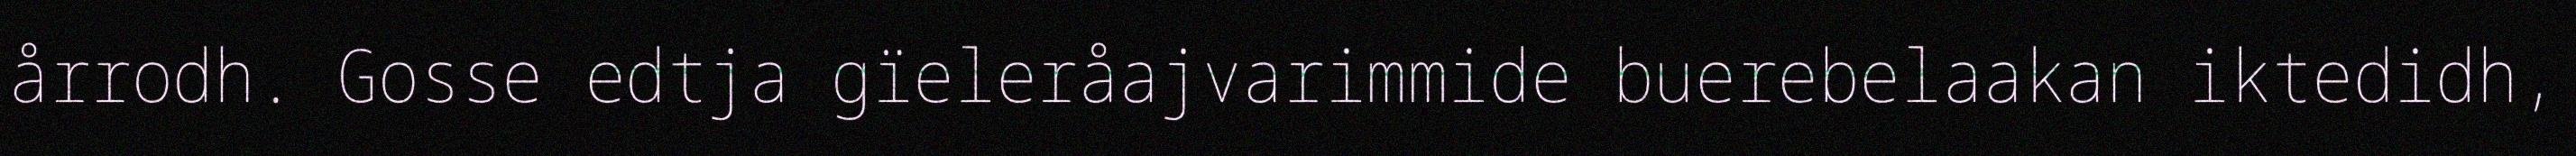
årrodh. Gosse edtja gïeleråajvarimmide buerebelaakan iktedidh,